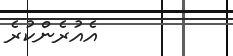
އެއުރެންކުރެ